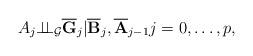
LaTeX: \begin{align*}A_{j}\mathbf{\perp \!\!\!\perp }_{\mathcal{G}}\overline{\mathbf{G}}_{j}\mathbf{|}\overline{\mathbf{B}}_{j},\overline{\mathbf{A}}_{j-1}j=0,\dots,p, \end{align*}